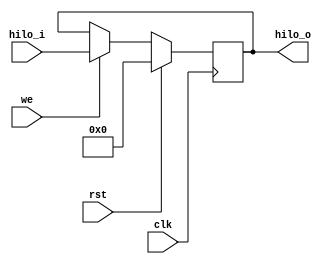
`timescale 1ns / 1ps
//////////////////////////////////////////////////////////////////////////////////
// Company: 
// Engineer: 
// 
// Design Name: 
// Module Name: hilo_reg
// Project Name: 
// Target Devices: 
// Tool Versions: 
// Description: 
// 
// Dependencies: 
// 
// Revision:
// Revision 0.01 - File Created
// Additional Comments:
// 
//////////////////////////////////////////////////////////////////////////////////

module hilo_reg(
                input wire        clk,rst,we, //both write lo and hi
                input wire [63:0] hilo_i,
                output reg [63:0] hilo_o
                );
   
   always @(posedge clk) begin
      if(rst) begin
         hilo_o <= 0;
      end else if (we) begin
         hilo_o <= hilo_i;
      end 
   end
endmodule